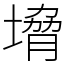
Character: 㙝